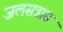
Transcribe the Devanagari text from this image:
जलसत्रास